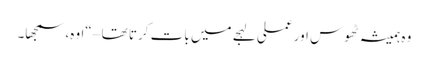
وہ ہمیشہ ٹھوس اور عملی لہجے میں بات کرتا تھا – “اوہ، سمجھا۔